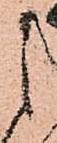
之